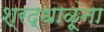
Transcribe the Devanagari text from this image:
श्रद्धाळूंना